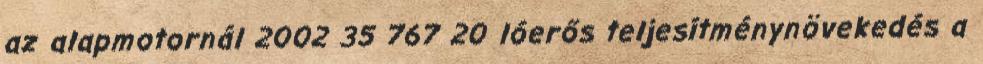
az alapmotornál 2002 35 767 20 lóerős teljesítménynövekedés a